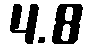
4.8